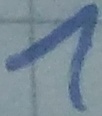
Text: 1